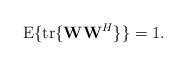
LaTeX: \begin{align*}{\rm E}\{{\rm tr}\{{\bf W}{\bf W}^H\}\}=1.\end{align*}